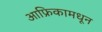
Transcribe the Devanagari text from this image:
आफ्रिकामधून